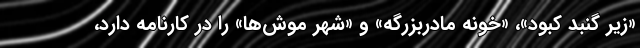
«زیر گنبد کبود»، «خونه مادربزرگه» و «شهر موش‌ها» را در کارنامه دارد،